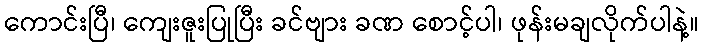
ကောင်းပြီ၊ ကျေးဇူးပြုပြီး ခင်ဗျား ခဏ စောင့်ပါ၊ ဖုန်းမချလိုက်ပါနဲ့။